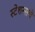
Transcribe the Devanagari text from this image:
स्टेशन्सचे